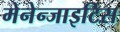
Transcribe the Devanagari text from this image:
मेनेन्जाइटिस